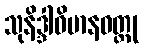
သုနိဒ္ဒါဝိမာနဝတ္ထု